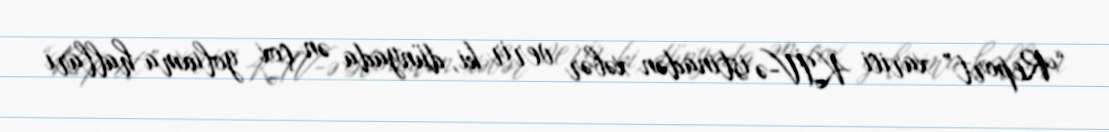
“Report” xarici KİV-ə istinadən xəbər verir ki, dünyada ən çox yoluxma halları